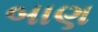
બાણ